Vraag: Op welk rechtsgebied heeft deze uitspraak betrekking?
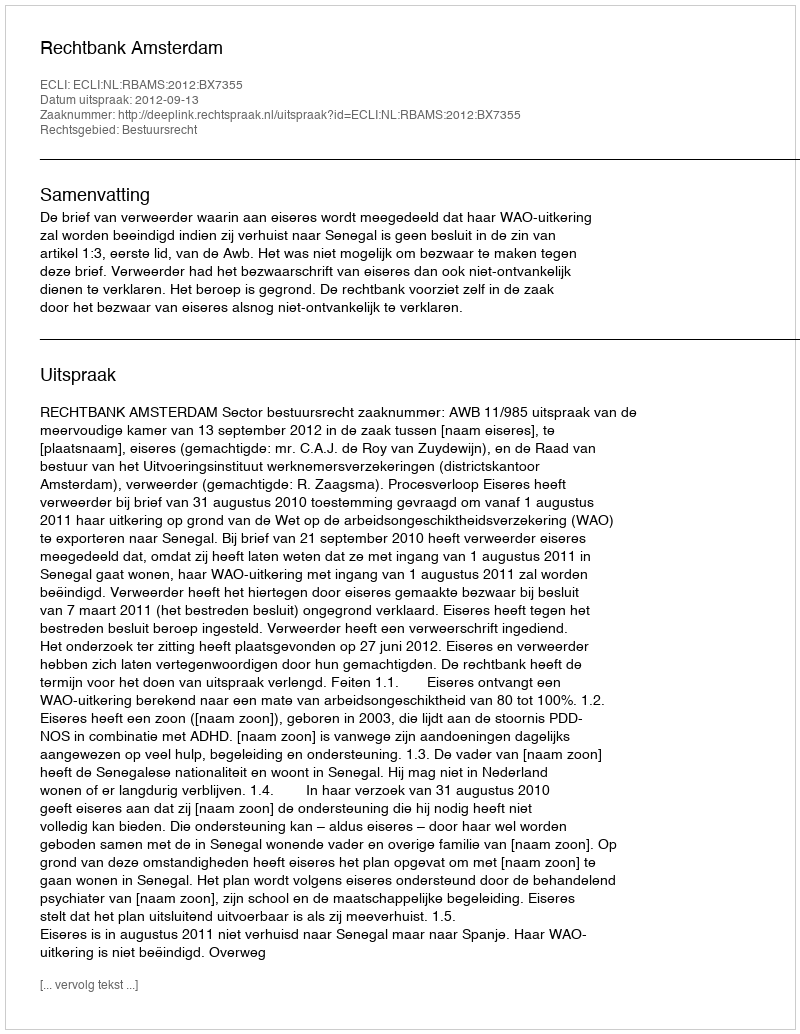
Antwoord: Bestuursrecht